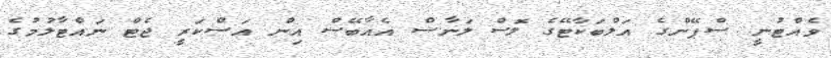
ވެއްޓުނީ ސްޕޭންގެ އަލްބަކާޓޭގެ ލޮސް ލަނާސް އެއާބޭސް އިން އަސްކަރީ ޖެޓް ނައްޓާލުމުގެ